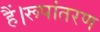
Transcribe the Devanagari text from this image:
हैं।रूपांतरण